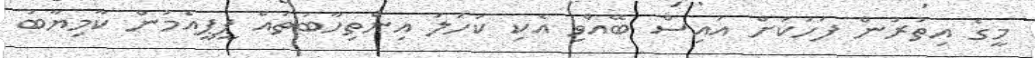
މީގެ އިތުރުން ފަހަކަށް އައިސް ބޭއްވި އެކި ކަހަލަ އިންތިހާބުތައް ޕީޕީއެމުން ކާމިޔާބު